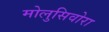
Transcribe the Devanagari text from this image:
मोलुसिवोरा